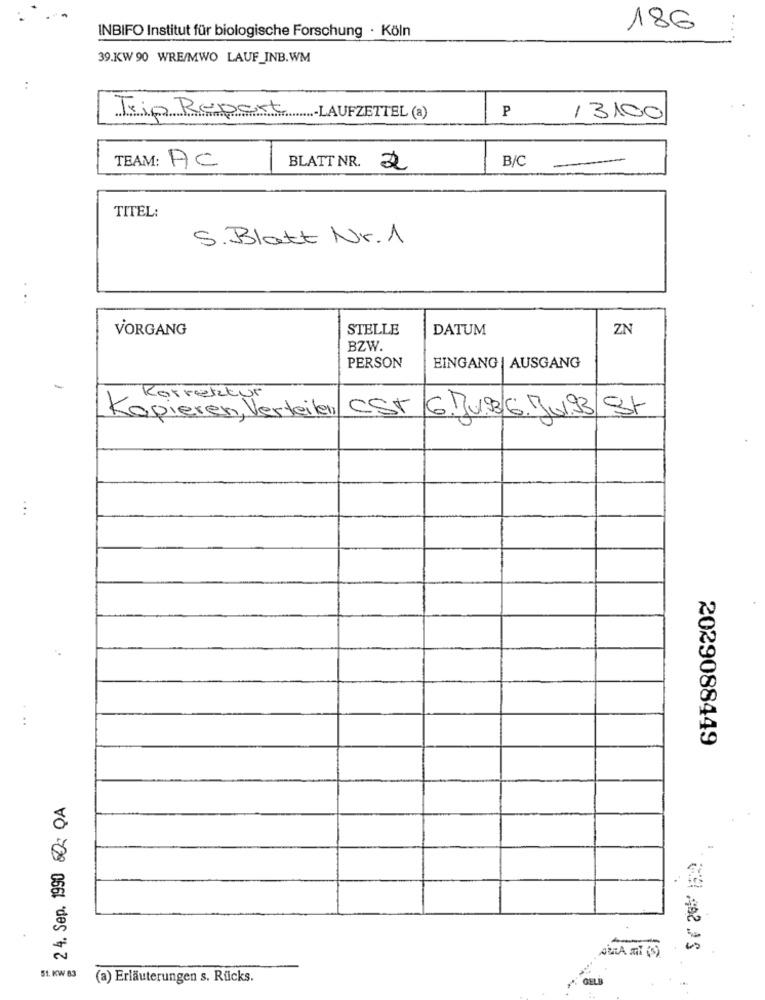
INBIFO Institut für biologische Forschung · Köln
186
39.KW 90 WRE/MWO LAUF_INB.WM
P
Trip Report LAUFZETTEL (a)
/3100
B/C
TEAM: AC
BLATT NR. 2
TITEL:
S. Blatt Nr.1
VORGANG
STELLE
DATUM
ZN
BZW.
PERSON
EINGANG | AUSGANG
Korrektur
Kopieren, Verteilen
CST 6.J.v.3/6.Jul.3/St
...
2029088449
2 4. Sep. 1990 80 QA
ARRA MI (5)
51. KW 83
(a) Erläuterungen s. Rücks.
GELİ